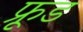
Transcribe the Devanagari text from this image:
फ्रूड